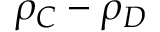
\rho _ { C } - \rho _ { D }